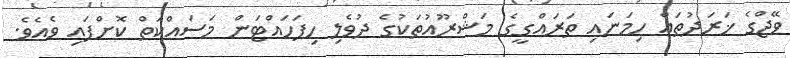
ވޭޖްގެ ޚަރަދުތައް ހިމަނައި ތަރައްގީގެ މަޝްރޫއުތަކުގެ ދުވެލި ހިފަހައްޓަން މަސައްކަތް ކޮށްފައި ވެއެވެ.